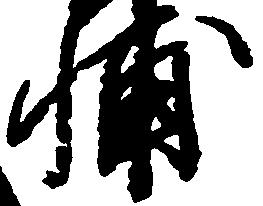
輔